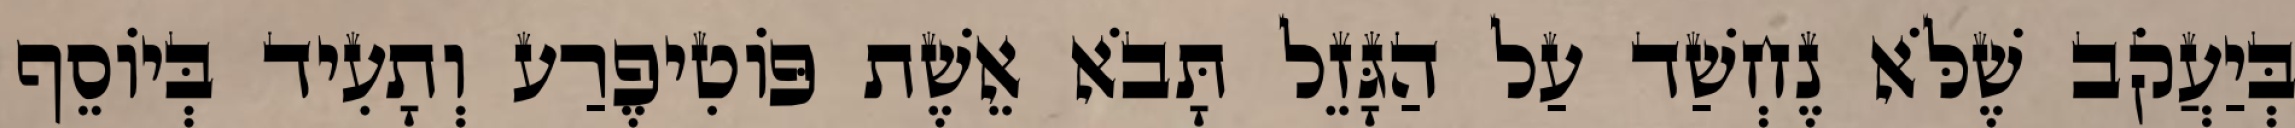
בְּיַעֲקֹב שֶׁלֹּא נֶחְשַׁד עַל הַגָּזֵל תָּבֹא אֵשֶׁת פּוֹטִיפֶרַע וְתָעִיד בְּיוֹסֵף